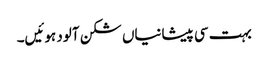
بہت سی پیشانیاں شکن آلود ہوئیں۔